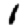
Digit: 1